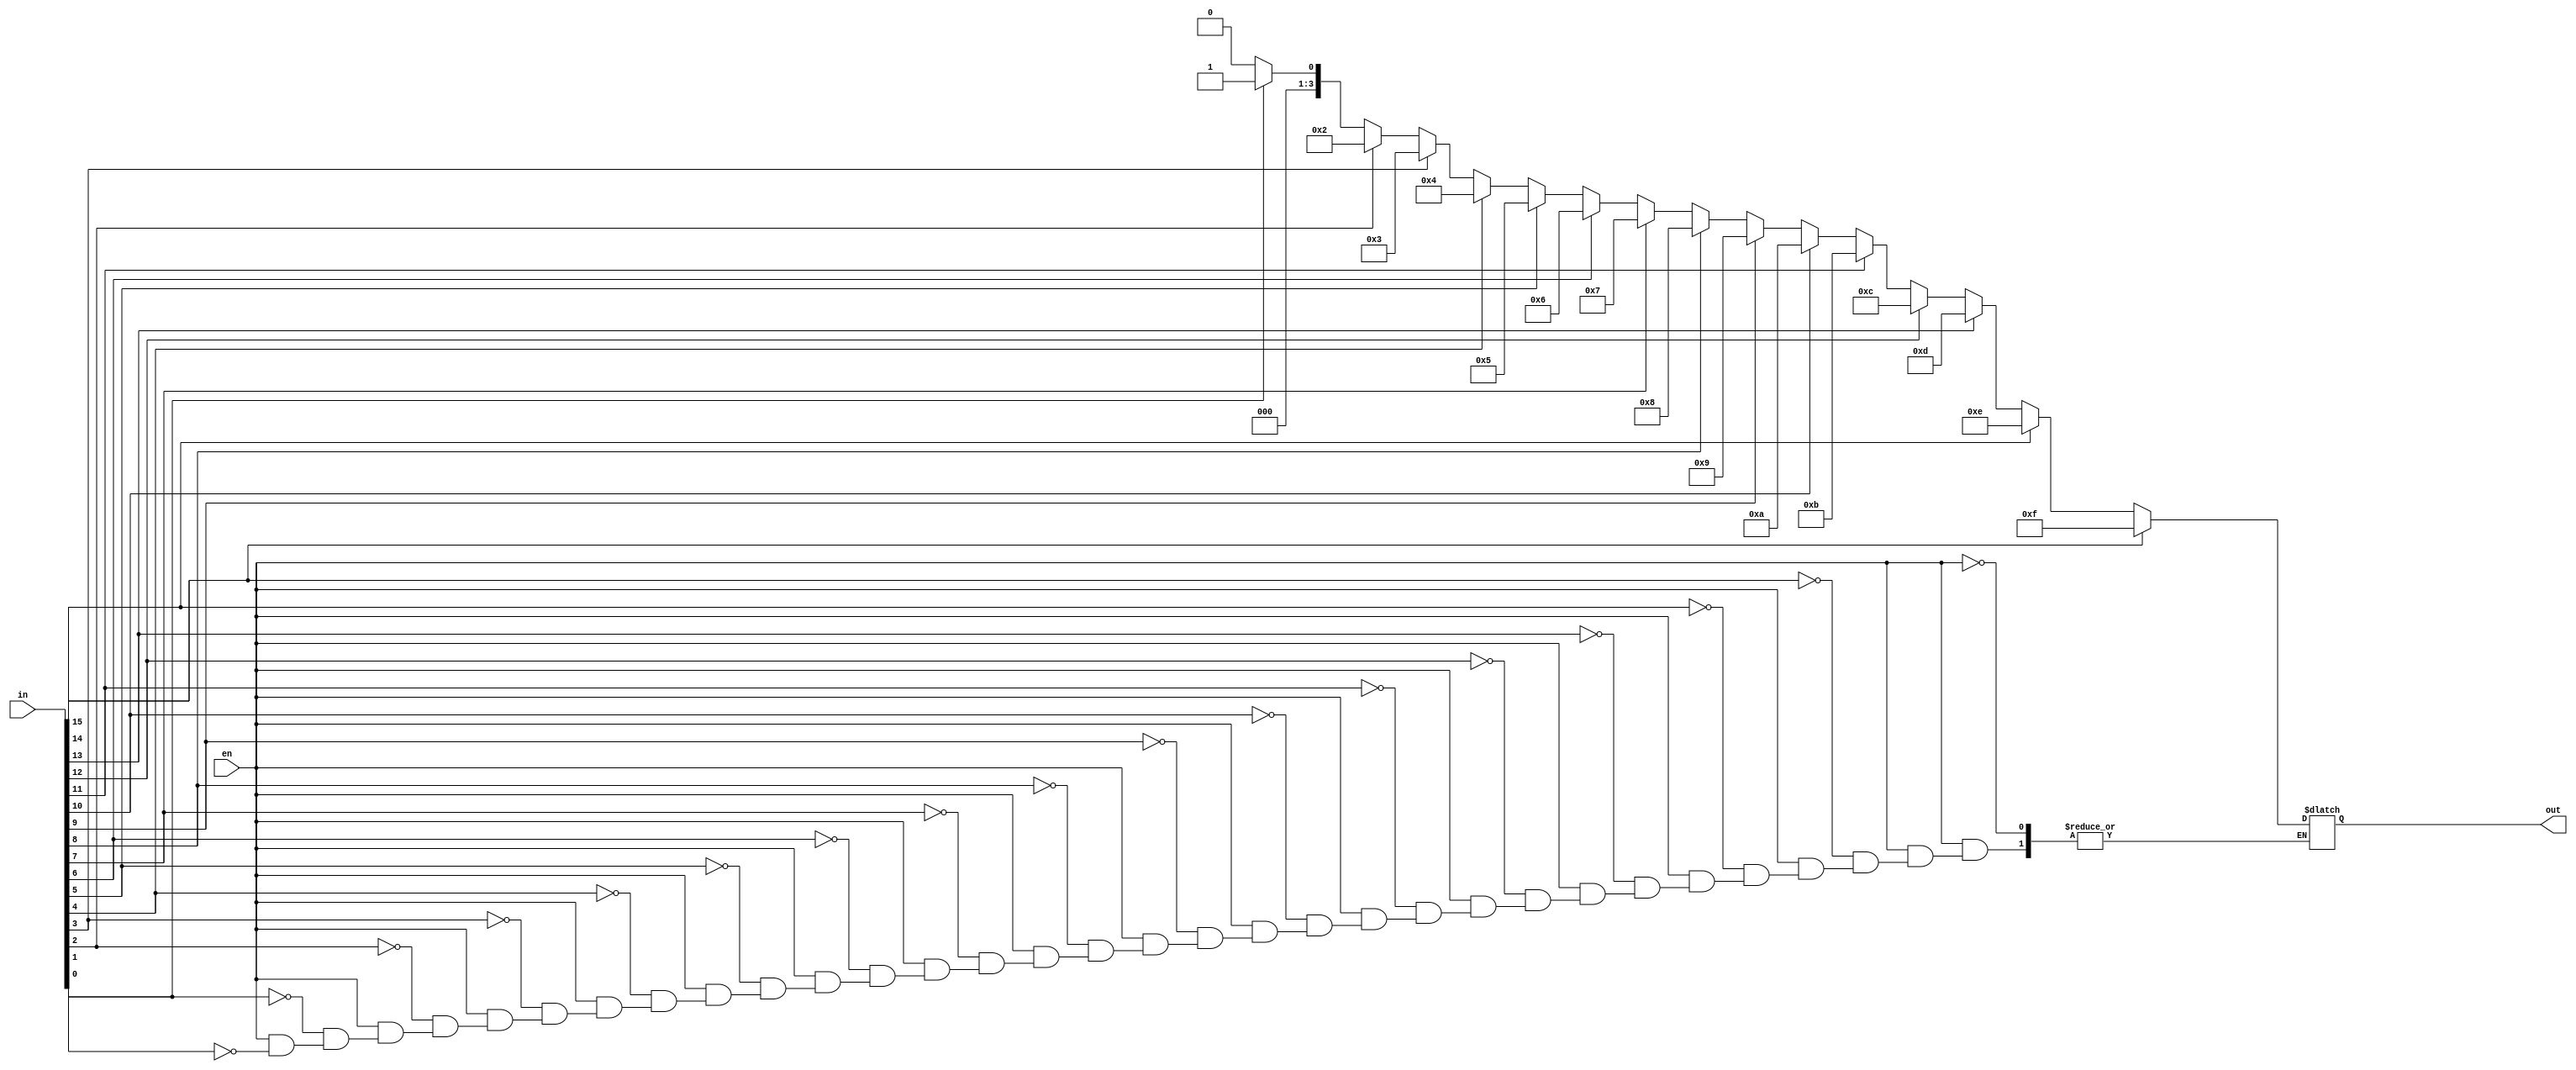
module encoder_16x4(input en,
                    input [15:0] in,
                    output reg [3:0] out);
  //assign out= en ? in>>1 :0;
  always @(in,en) 
    begin 
      if(en==1)
        begin
          if(in[0]==1)out=4'b0000;
          if(in[1]==1)out=4'b0001;
          if(in[2]==1)out=4'b0010;
          if(in[3]==1)out=4'b0011;
          if(in[4]==1)out=4'b0100;
          if(in[5]==1)out=4'b0101;
          if(in[6]==1)out=4'b0110;
          if(in[7]==1)out=4'b0111;
          if(in[8]==1)out=4'b1000;
          if(in[9]==1)out=4'b1001;
          if(in[10]==1)out=4'b1010;
          if(in[11]==1)out=4'b1011;
          if(in[12]==1)out=4'b1100;
          if(in[13]==1)out=4'b1101;
          if(in[14]==1)out=4'b1110;
          if(in[15]==1)out=4'b1111;
        end
    end
endmodule

module encoder_16x4_tb();
  reg en;
  reg [15:0] in;
  wire [3:0] out;
  integer i;
  encoder_16x4 DUT(.en(en),.in(in),.out(out));
  initial
    begin
    {en,in}=0;
      $monitor("Input en=%b, in=%b Output out=%b",en,in,out);

        en=1;
        in=in+1;
      	#10;

      for(i=0;i<15;i=i+1)
               begin
             
                 in=in<<1;
                 #10;
               end
      end 
endmodule